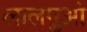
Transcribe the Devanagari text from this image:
लालगुआं